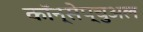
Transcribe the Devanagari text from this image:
कॉन्सेप्चुअल